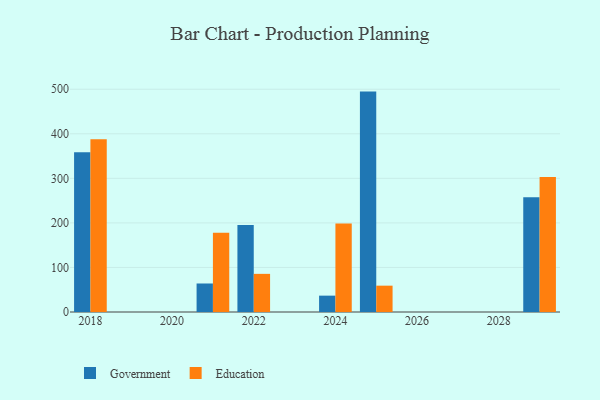
{"axis": {"x": "Year", "y": "Active Users"}, "legend": ["Education", "Government"], "data": [{"x": "2021", "y": 64.0, "type": "Government"}, {"x": "2021", "y": 178.1, "type": "Education"}, {"x": "2024", "y": 36.7, "type": "Government"}, {"x": "2024", "y": 198.9, "type": "Education"}, {"x": "2025", "y": 494.7, "type": "Government"}, {"x": "2025", "y": 59.1, "type": "Education"}, {"x": "2022", "y": 195.5, "type": "Government"}, {"x": "2022", "y": 85.6, "type": "Education"}, {"x": "2029", "y": 257.5, "type": "Government"}, {"x": "2029", "y": 302.8, "type": "Education"}, {"x": "2018", "y": 358.4, "type": "Government"}, {"x": "2018", "y": 387.5, "type": "Education"}]}